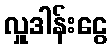
လှူဒါန်းငွေ